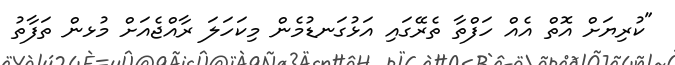
"ކުރިޔަށް އޮތް އެއް ހަފްތާ ތެރޭގައި އަޅުގަނޑުމެން މިކަހަލަ ރާއްޖެއަށް މުޅން ތަފާތު